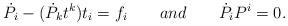
LaTeX: \begin{align*}{\dot P}_{i} - ({\dot P}_{k}t^{k})t_{i} = f_{i}\qquad and \qquad {\dot P}_{i}{P}^{i}=0.\end{align*}